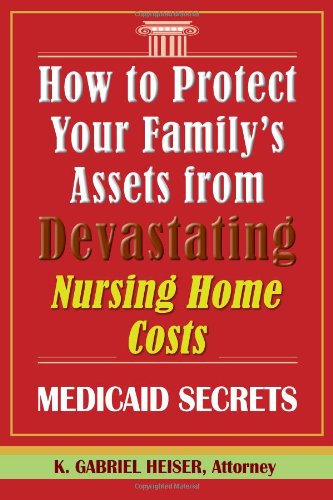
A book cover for How to Protect Your Family's Assets from Devastating Nursing Home Costs: Medicaid Secrets; K. Gabriel Heiser; Law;